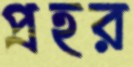
প্রহর